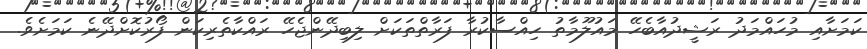
ކަމަށާއި މުހައްމަދު ރަޝީދުއާބެހޭ މައުލޫމާތު ހިއްސާކުރާ ފަރާތްތަކަށް ލިބިދޭންޖެހޭ ރައްކާތެރިކަން ފޯރުކޮށްދޭނެ ކަމަށެެވެ.